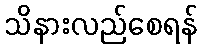
သိနားလည်စေရန်